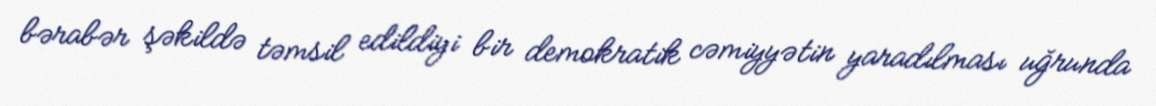
bərabər şəkildə təmsil edildiyi bir demokratik cəmiyyətin yaradılması uğrunda